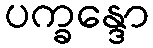
ပက္ခန္ဒော